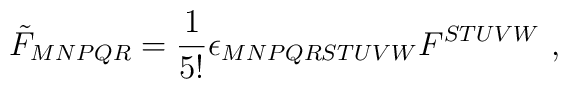
\tilde F_{MNPQR}=\frac{1}{5!}\epsilon_{MNPQRSTUVW}F^{STUVW} \ ,